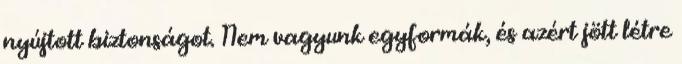
nyújtott biztonságot. Nem vagyunk egyformák, és azért jött létre